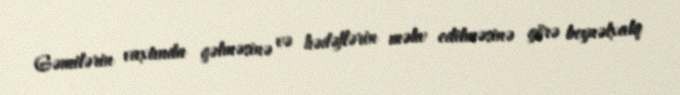
Gəmilərin vaxtında gəlməsinə və hədəflərin məhv edilməsinə görə beynəlxalq